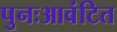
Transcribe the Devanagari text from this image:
पुनःआवंटित